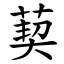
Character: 葜